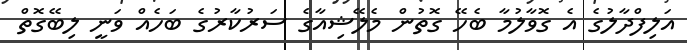
އަލިފްދާލުގެ އެ ގޮވާލުމާ ބެހޭ ގޮތުން މެލޭޝިއާގެ ސަރުކާރުގެ ބަހެއް ވަނީ ލިބޭގޮތް